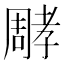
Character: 𡦝